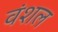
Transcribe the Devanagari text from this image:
वंशल